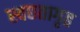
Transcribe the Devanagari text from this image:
स्वछतागृह